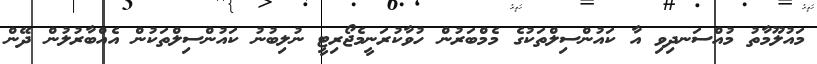
މައުލޫމާތު މުއްސަނދިވި އާ ކައުންސިލްތަކުގެ މެމްބަރުން ހުވާކުރަނީމެޖޯރިޓީ ނުލިބުނު ކައުންސިލްތަކުން އެއްބާރުލުން ދޭން